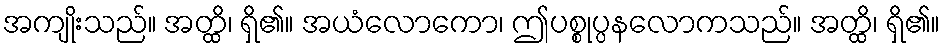
အကျိုးသည်။ အတ္ထိ၊ ရှိ၏။ အယံလောကော၊ ဤပစ္စုပ္ပနလောကသည်။ အတ္ထိ၊ ရှိ၏။